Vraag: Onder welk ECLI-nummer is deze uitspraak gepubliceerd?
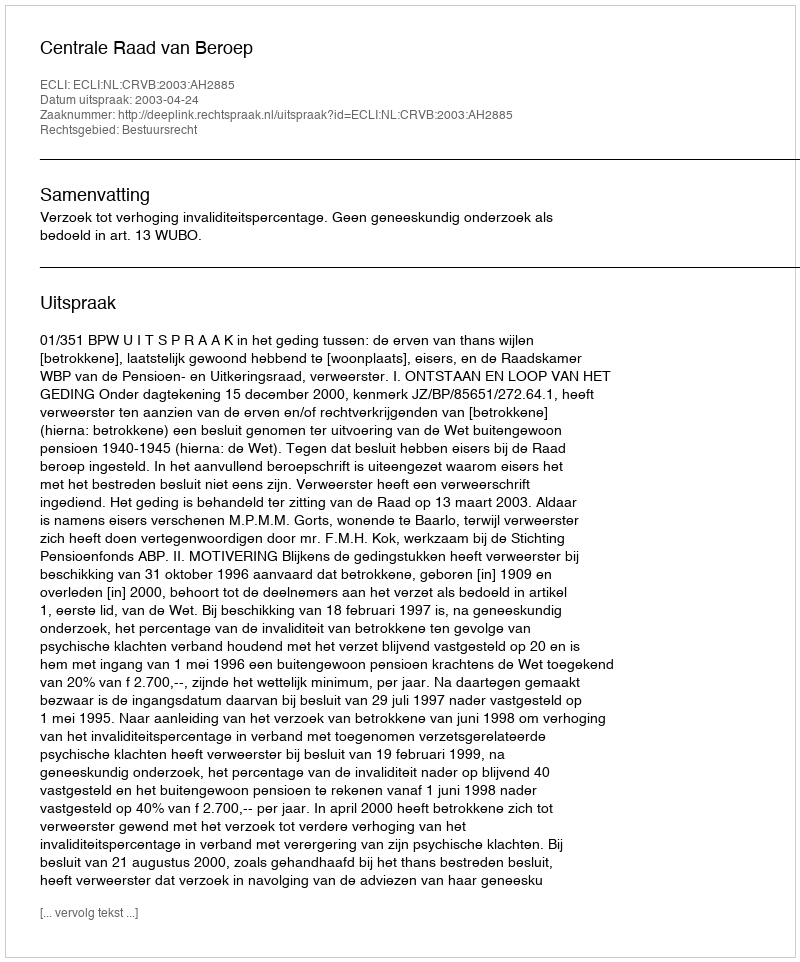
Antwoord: ECLI:NL:CRVB:2003:AH2885